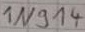
Text: 1N914